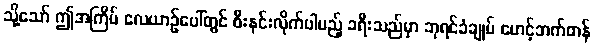
သို့သော် ဤအကြိမ် လေယာဉ်ပေါ်တွင် စီးနင်းလိုက်ပါမည့် ခရီးသည်မှာ ဘုရင်ခံချုပ် မောင့်ဘက်တန်